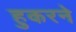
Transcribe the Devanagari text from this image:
हुकरने